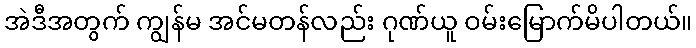
အဲဒီအတွက် ကျွန်မ အင်မတန်လည်း ဂုဏ်ယူ ဝမ်းမြောက်မိပါတယ်။